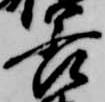
若